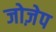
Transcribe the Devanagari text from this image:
जोज़ेप